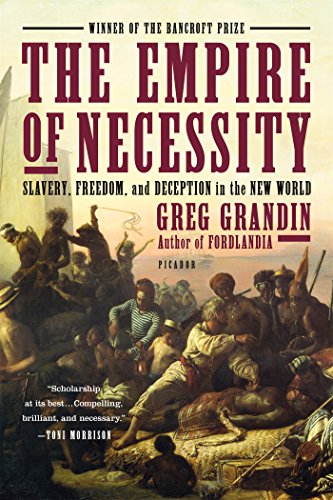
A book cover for The Empire of Necessity: Slavery, Freedom, and Deception in the New World; Greg Grandin; History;